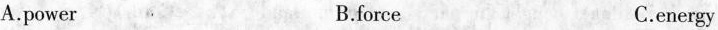
A.power B.force C.energy